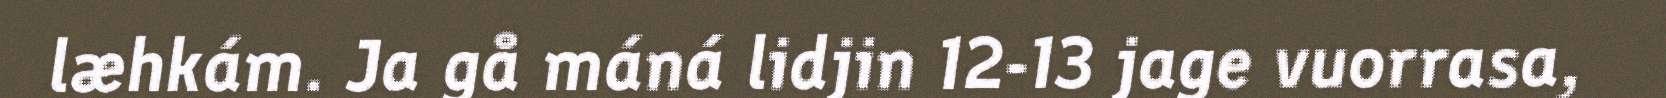
læhkám. Ja gå máná lidjin 12-13 jage vuorrasa,